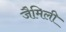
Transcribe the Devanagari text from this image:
जैमिली